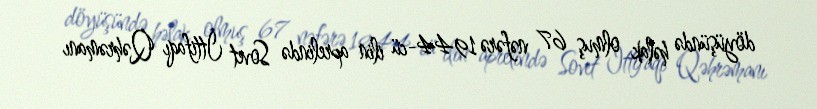
döyüşündə həlak olmuş 67 nəfərə 1944-cü ilin aprelində Sovet İttifaqı Qəhrəmanı